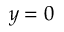
y = 0